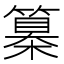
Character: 𥴌